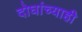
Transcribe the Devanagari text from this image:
दोघांच्‍याही